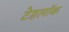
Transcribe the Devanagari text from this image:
टेडलॉक